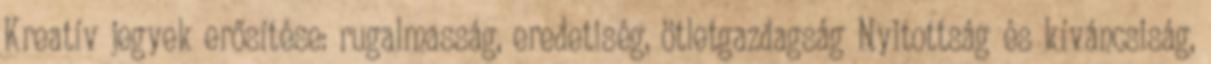
Kreatív jegyek erősítése: rugalmasság, eredetiség, ötletgazdagság Nyitottság és kíváncsiság,